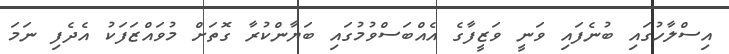
އިސްލާހުގައި ބުނެފައި ވަނީ ވަޒީފާގެ އެއްބަސްވުމުގައި ބަޔާންކުރާ ގޮތަށް މުވައްޒަފަކު އެދެފި ނަމަ